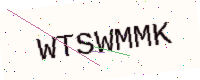
Text: WTSWMMK